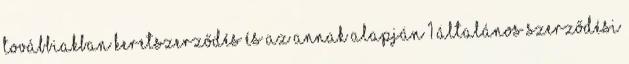
továbbiakban Keretszerződés és az annak alapján 1 Általános Szerződési